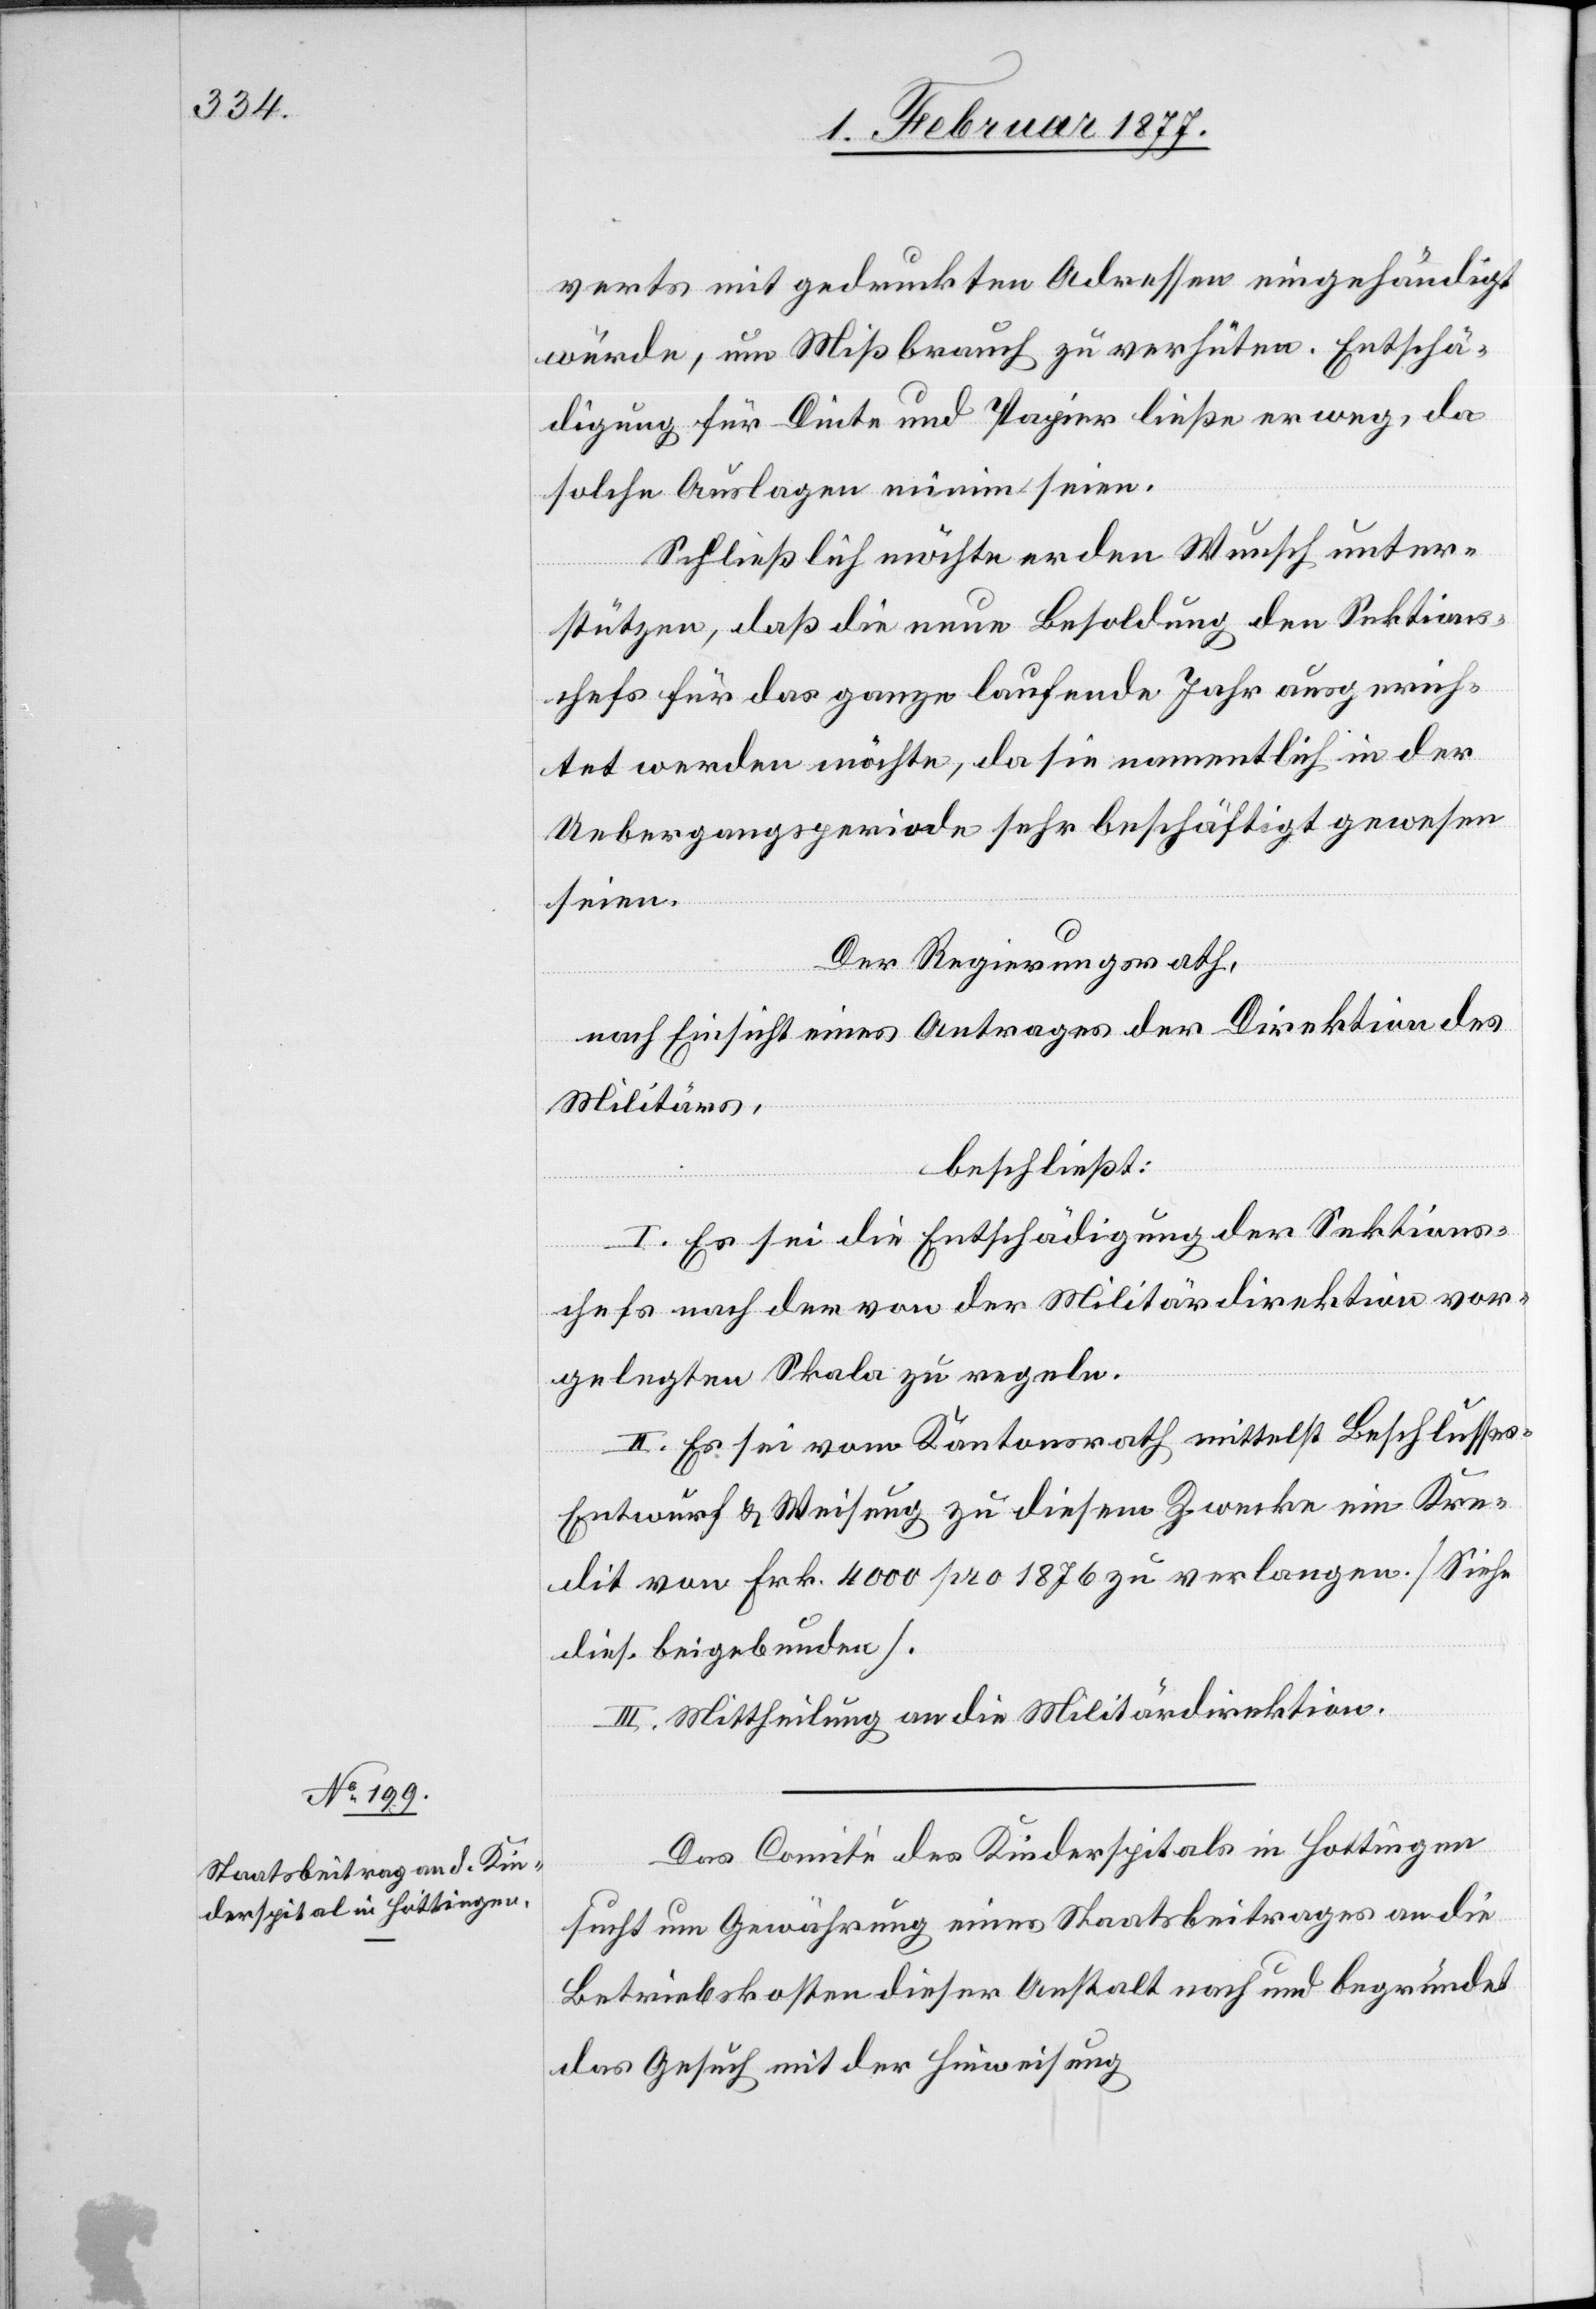
verts mit gedruckten Adressen eingehändigt
würde, um Mißbrauch zu verhüten. Entschä¬
digung für Dinte und Papier ließe er weg, da
solche Auslagen minim seien.
Schließlich möchte er den Wunsch unter¬
stützen, daß die neue Besoldung den Sektions¬
chefs für das ganze laufende Jahr ausgerich¬
tet werden möchte, da sie namentlich in der
Uebergangsperiode sehr beschäftigt gewesen
seien.
Der Regierungsrath,
nach Einsicht eines Antrages der Direktion des
Militärs,
beschließt:
I. Es sei die Entschädigung der Sektions¬
chefs nach der von der Militärdirektion vor¬
gelegten Skala zu regeln.
II. Es sei vom Kantonsrath mittelst Beschlusse¬
s-Entwurf & Weisung zu diesem Zwecke ein Kre¬
dit von Frk. 4000 pro 1876 zu verlangen. [Siehe
dies. beigebunden].
III. Mittheilung an die Militärdirektion.
Das Comité des Kinderspitals in Hottingen
sucht um Gewährung eines Staatsbeitrages an die
Betriebskosten dieser Anstalt nach und begründet
das Gesuch mit der Hinweisung